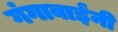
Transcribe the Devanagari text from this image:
गंगाबाईंनी